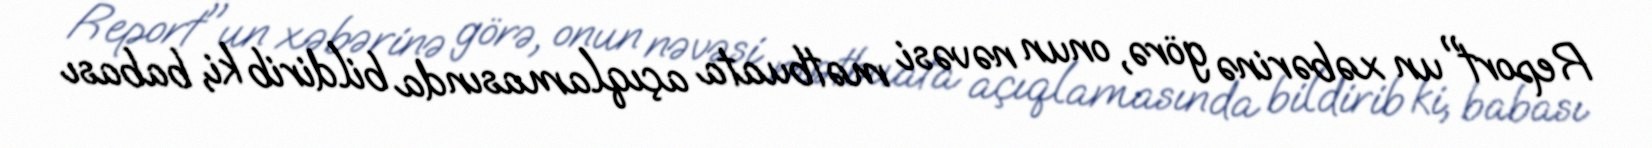
Report"un xəbərinə görə, onun nəvəsi mətbuata açıqlamasında bildirib ki, babası